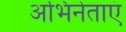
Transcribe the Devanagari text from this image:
अभिनेताएं